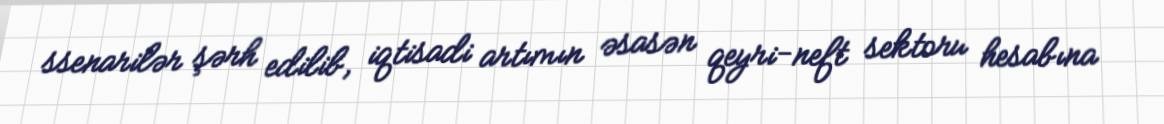
ssenarilər şərh edilib, iqtisadi artımın əsasən qeyri-neft sektoru hesabına